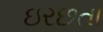
ઇરછતા